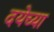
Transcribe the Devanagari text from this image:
दयेच्या